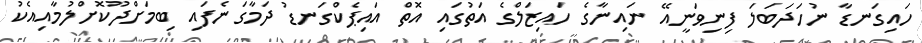
ހައިގަނޑާ ނުހަދަބަލަ ފިނިވަނީއޭ ނައިނާގެ ހައިޒަލްގެ އަތުގައި އޮތް އައިޕެކްގަނޑު ދަމާގަނެފައި ބިމަށްދޫކޮށްލުމާއިއެކު